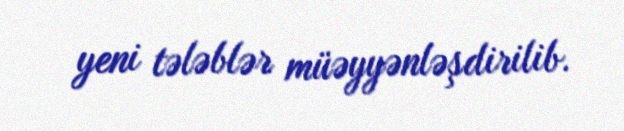
yeni tələblər müəyyənləşdirilib.